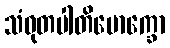
သံဝုတပါတိမောက္ခော